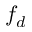
f _ { d }